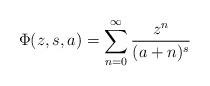
LaTeX: \begin{align*}\begin{aligned}\Phi(z,s,a)=\sum_{n=0}^\infty\frac{z^{n}}{(a+n)^{s}}\end{aligned}\end{align*}